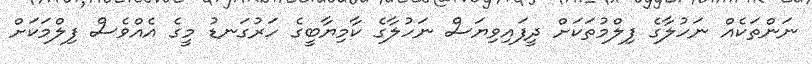
ނަންތަކެއް ނަހުލާގެ ފިލްމުތަކަށް ދީފައިވިޔަސް ނަހުލާގެ ކާމިޔާބީގެ ހަރުގަނޑު މީގެ އެއްވެސް ފިލްމަކަށް